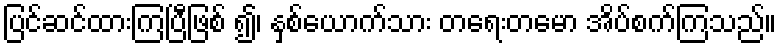
ပြင်ဆင်ထားကြပြီဖြစ် ၍၊ နှစ်ယောက်သား တရေးတမော အိပ်စက်ကြသည်။